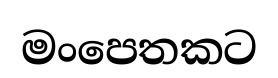
මංපෙතකට